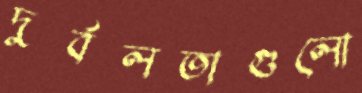
দুর্বলতাগুলো